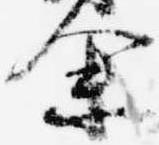
余